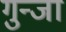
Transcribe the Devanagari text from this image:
गुन्जा